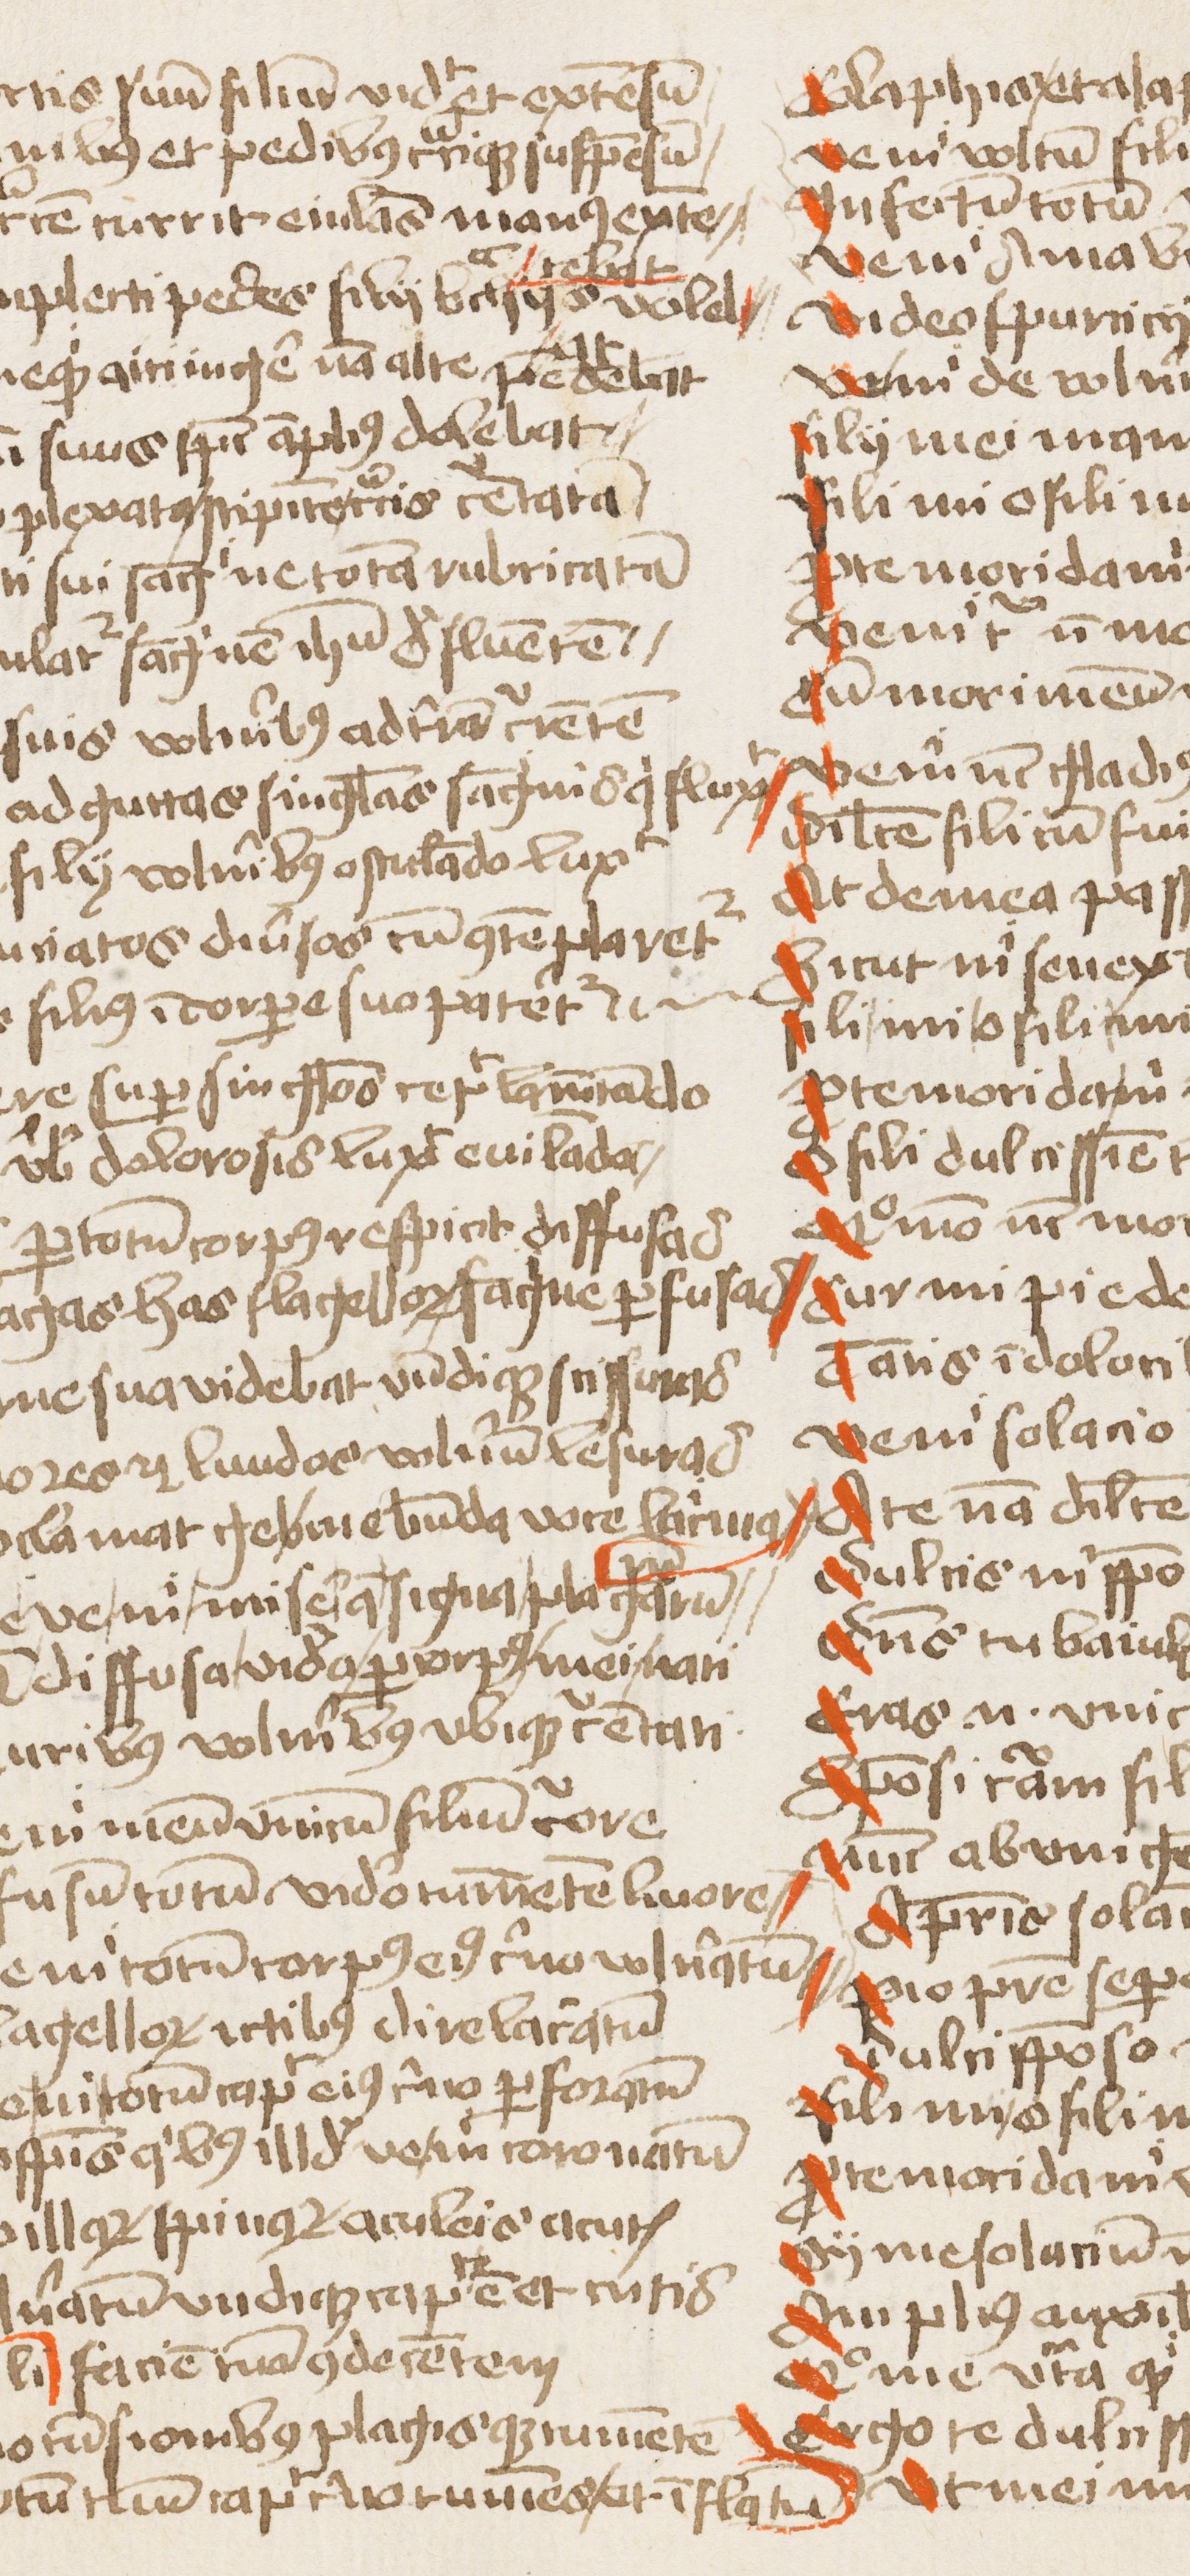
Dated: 1453–1454